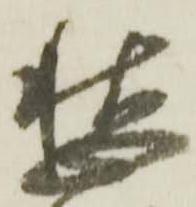
愁